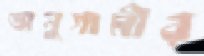
অনুগামীর